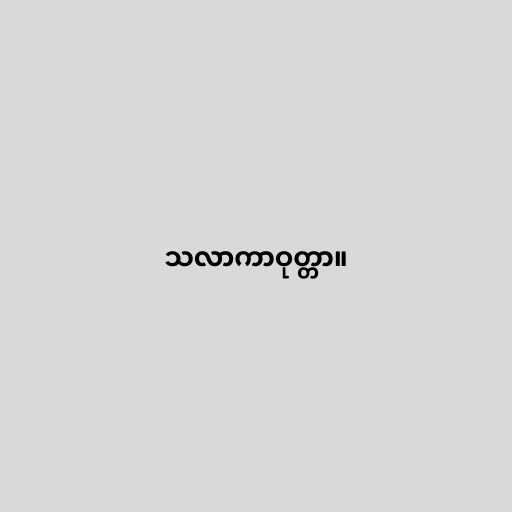
သလာကာဝုတ္တာ။